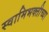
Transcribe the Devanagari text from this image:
स्वामिभक्तीच्या